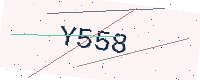
Text: Y558